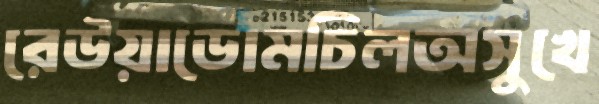
রেউয়াডোমচিলঅসুখে